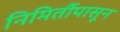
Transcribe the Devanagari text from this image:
निमिर्तीपासून